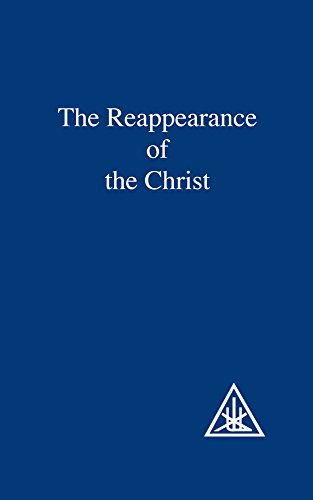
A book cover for The Reappearance of the Christ; Alice A. Bailey; Religion & Spirituality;